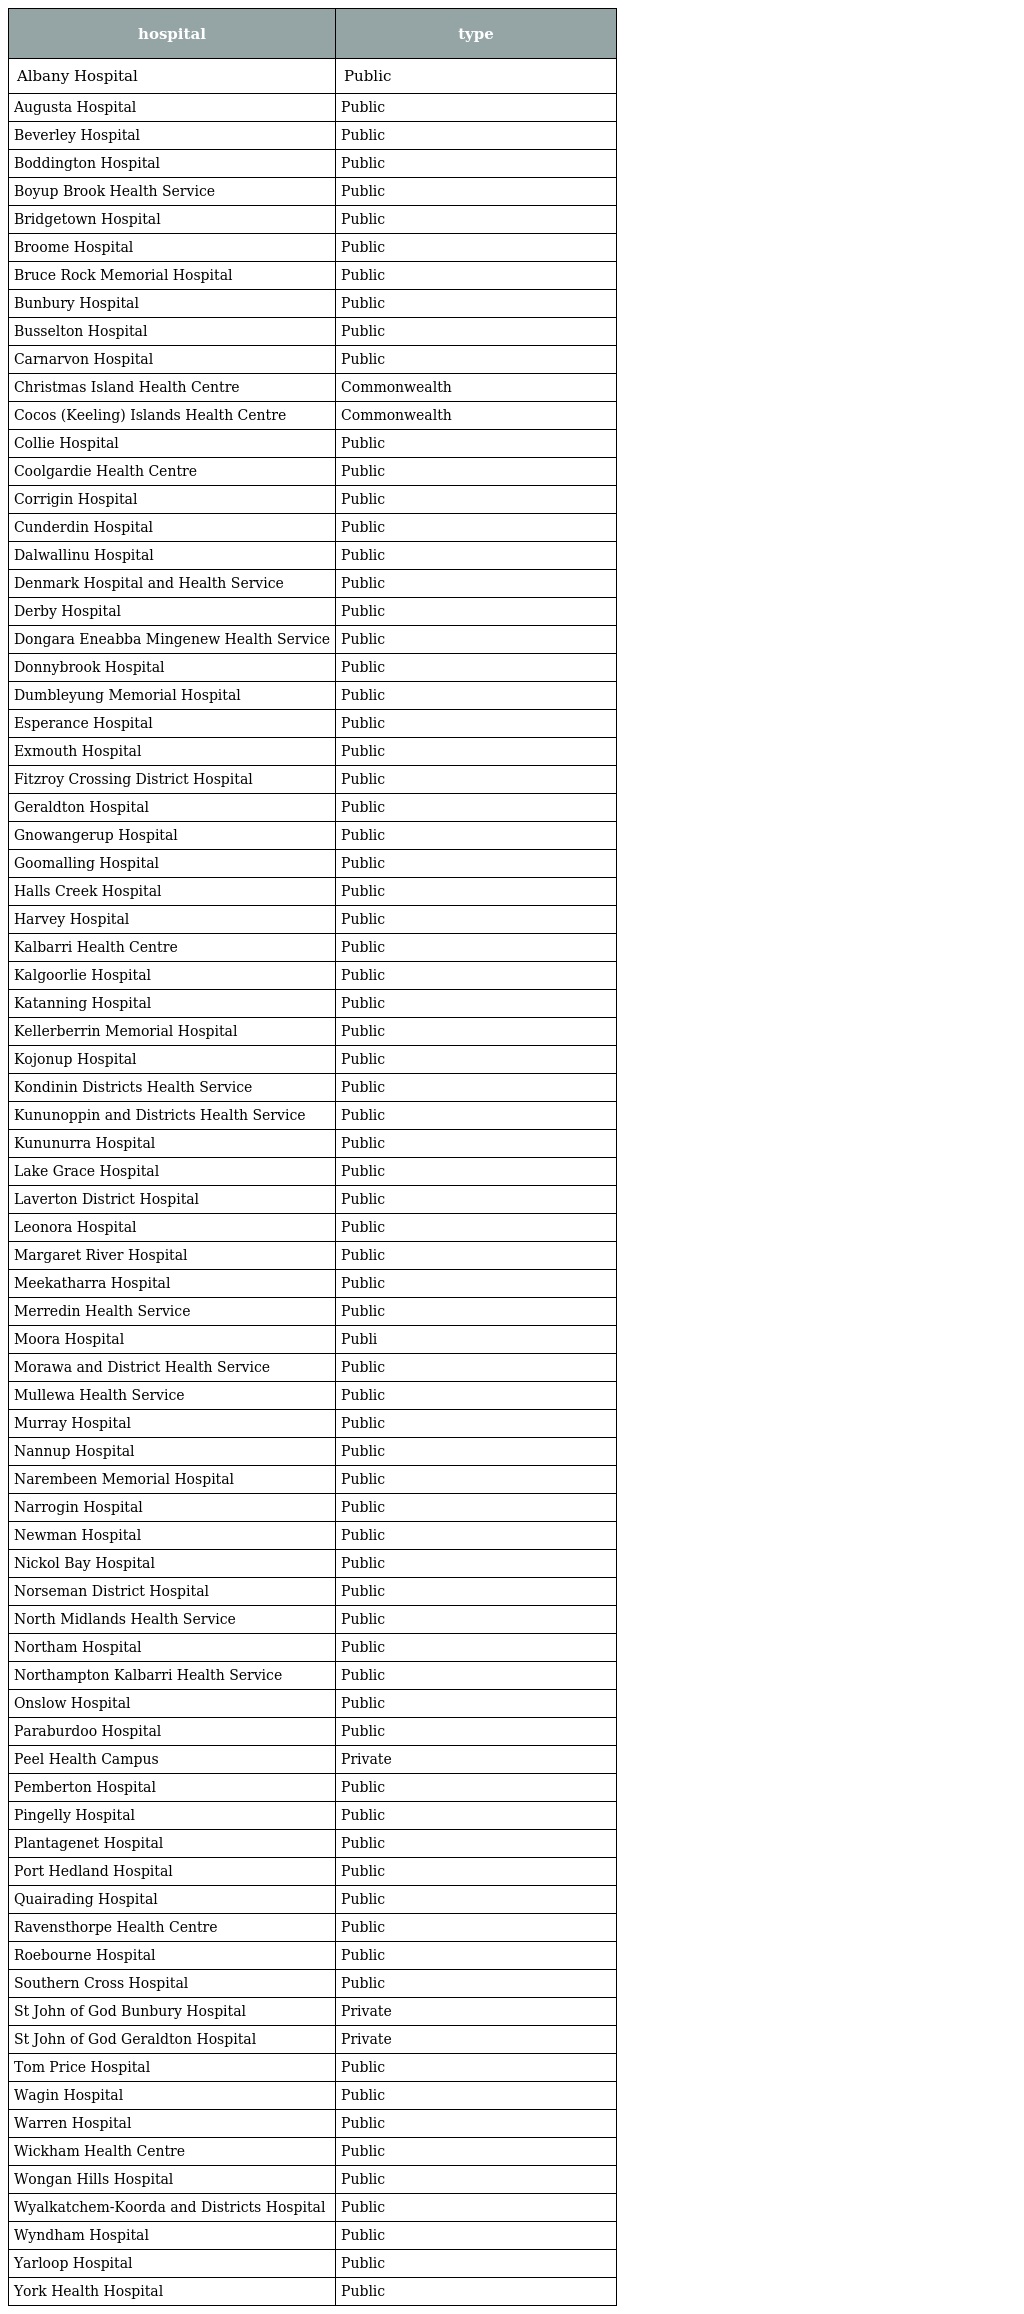
| hospital | type |
 | --- | --- |
 | Albany Hospital | Public |
 | Augusta Hospital | Public |
 | Beverley Hospital | Public |
 | Boddington Hospital | Public |
 | Boyup Brook Health Service | Public |
 | Bridgetown Hospital | Public |
 | Broome Hospital | Public |
 | Bruce Rock Memorial Hospital | Public |
 | Bunbury Hospital | Public |
 | Busselton Hospital | Public |
 | Carnarvon Hospital | Public |
 | Christmas Island Health Centre | Commonwealth |
 | Cocos (Keeling) Islands Health Centre | Commonwealth |
 | Collie Hospital | Public |
 | Coolgardie Health Centre | Public |
 | Corrigin Hospital | Public |
 | Cunderdin Hospital | Public |
 | Dalwallinu Hospital | Public |
 | Denmark Hospital and Health Service | Public |
 | Derby Hospital | Public |
 | Dongara Eneabba Mingenew Health Service | Public |
 | Donnybrook Hospital | Public |
 | Dumbleyung Memorial Hospital | Public |
 | Esperance Hospital | Public |
 | Exmouth Hospital | Public |
 | Fitzroy Crossing District Hospital | Public |
 | Geraldton Hospital | Public |
 | Gnowangerup Hospital | Public |
 | Goomalling Hospital | Public |
 | Halls Creek Hospital | Public |
 | Harvey Hospital | Public |
 | Kalbarri Health Centre | Public |
 | Kalgoorlie Hospital | Public |
 | Katanning Hospital | Public |
 | Kellerberrin Memorial Hospital | Public |
 | Kojonup Hospital | Public |
 | Kondinin Districts Health Service | Public |
 | Kununoppin and Districts Health Service | Public |
 | Kununurra Hospital | Public |
 | Lake Grace Hospital | Public |
 | Laverton District Hospital | Public |
 | Leonora Hospital | Public |
 | Margaret River Hospital | Public |
 | Meekatharra Hospital | Public |
 | Merredin Health Service | Public |
 | Moora Hospital | Publi |
 | Morawa and District Health Service | Public |
 | Mullewa Health Service | Public |
 | Murray Hospital | Public |
 | Nannup Hospital | Public |
 | Narembeen Memorial Hospital | Public |
 | Narrogin Hospital | Public |
 | Newman Hospital | Public |
 | Nickol Bay Hospital | Public |
 | Norseman District Hospital | Public |
 | North Midlands Health Service | Public |
 | Northam Hospital | Public |
 | Northampton Kalbarri Health Service | Public |
 | Onslow Hospital | Public |
 | Paraburdoo Hospital | Public |
 | Peel Health Campus | Private |
 | Pemberton Hospital | Public |
 | Pingelly Hospital | Public |
 | Plantagenet Hospital | Public |
 | Port Hedland Hospital | Public |
 | Quairading Hospital | Public |
 | Ravensthorpe Health Centre | Public |
 | Roebourne Hospital | Public |
 | Southern Cross Hospital | Public |
 | St John of God Bunbury Hospital | Private |
 | St John of God Geraldton Hospital | Private |
 | Tom Price Hospital | Public |
 | Wagin Hospital | Public |
 | Warren Hospital | Public |
 | Wickham Health Centre | Public |
 | Wongan Hills Hospital | Public |
 | Wyalkatchem-Koorda and Districts Hospital | Public |
 | Wyndham Hospital | Public |
 | Yarloop Hospital | Public |
 | York Health Hospital | Public |